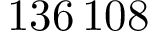
1 3 6 \, 1 0 8